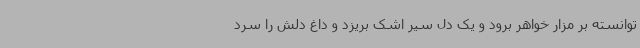
توانسته بر مزار خواهر برود و یک دل سیر اشک بریزد و داغ دلش را سرد